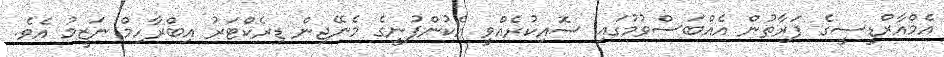
އެމްއާރްޑީސީގެ ފަރާތުން އެއްބަސްވުމުގައި ސޮއިކުރެއްވީ އެކުންފުނީގެ މެނޭޖިން ޑިރެކްޓަރު އިބްރާހިމް ނަޒީމު އެވެ.